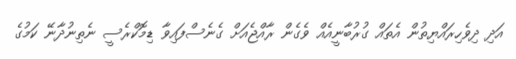
އަދި ދިވެހިރައްޔިތުން އެތައް ގުރުބާނީއެއް ވެގެން ރާއްޖެއަށް ގެނެސްފައިވާ ޑިމޮކްރެސީ ނެތިނުދާނޭ ކަމުގެ